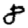
Digit: 8